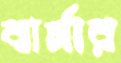
বার্মার